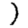
Digit: 1